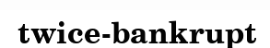
twice-bankrupt